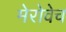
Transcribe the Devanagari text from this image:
मेरोवेच